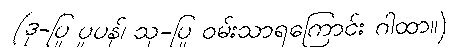
(ဒု-ပြု ပူပန်၊ သု-ပြု ဝမ်းသာရကြောင်း ဂါထာ။)